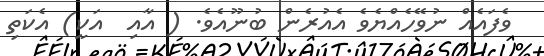
ވެފައެއް ނުވޭހެއްޔެވެ އެއުރެން ބުނޫއެވެ. ( އާއި  އަކީ) އެކަތި